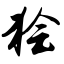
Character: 狯